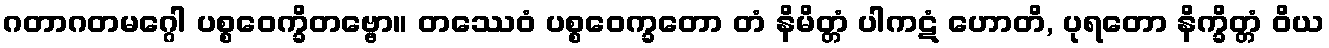
ဂတာဂတမဂ္ဂေါ ပစ္စဝေက္ခိတဗ္ဗော။ တဿေဝံ ပစ္စဝေက္ခတော တံ နိမိတ္တံ ပါကဋံ ဟောတိ, ပုရတော နိက္ခိတ္တံ ဝိယ